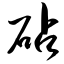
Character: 砧